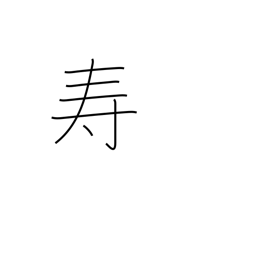
Meaning: longevity